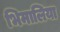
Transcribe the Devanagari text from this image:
भिमालिया